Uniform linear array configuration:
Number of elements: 8
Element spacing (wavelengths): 0.25
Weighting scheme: binomial
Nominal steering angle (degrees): -60
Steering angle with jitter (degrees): -58.037
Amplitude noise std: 0.05
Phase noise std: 0.05

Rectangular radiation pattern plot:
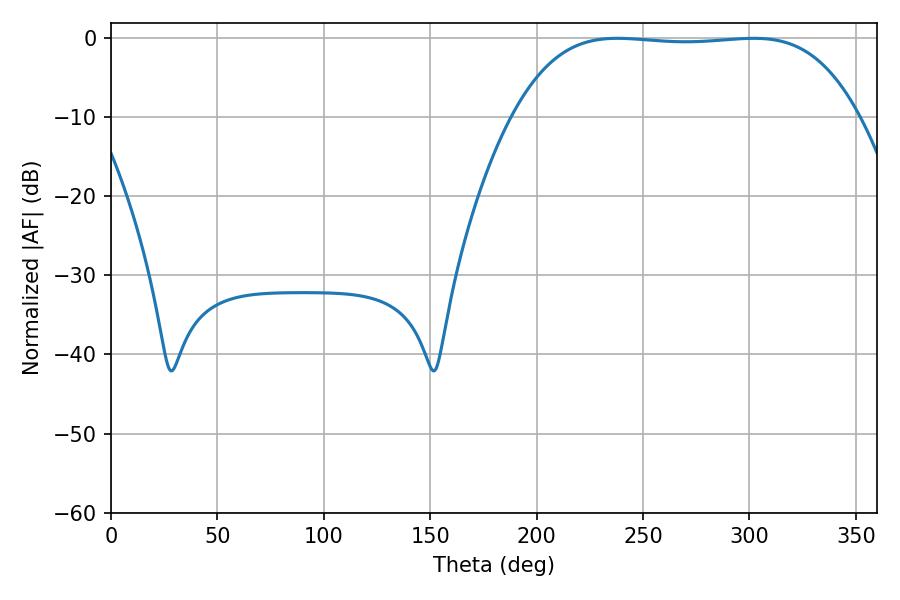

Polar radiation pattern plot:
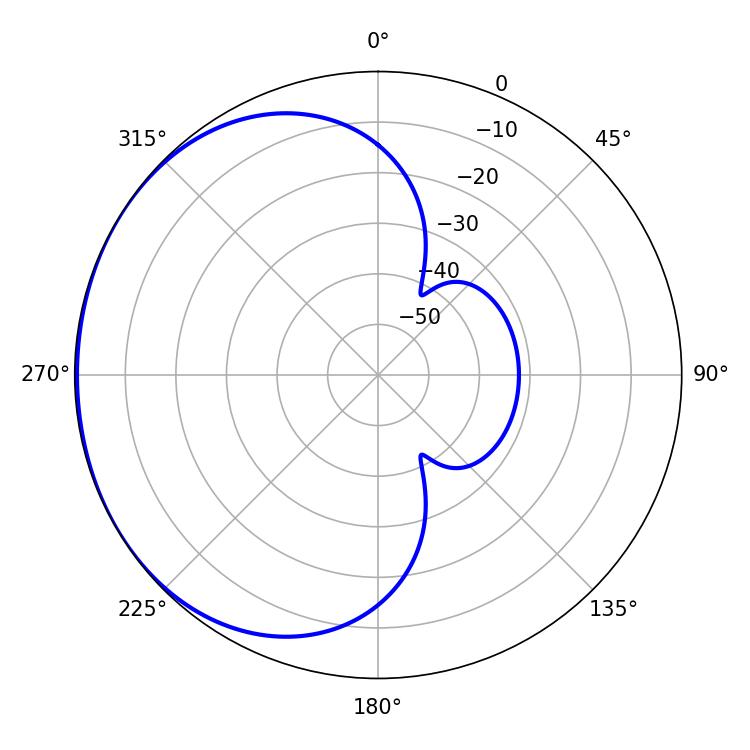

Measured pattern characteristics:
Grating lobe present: FALSE
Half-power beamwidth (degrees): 126
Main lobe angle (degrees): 237.96